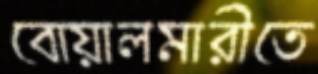
বোয়ালমারীতে